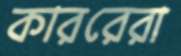
কাররেরা